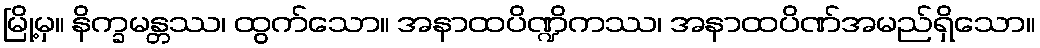
မြို့မှ။ နိက္ခမန္တဿ၊ ထွက်သော။ အနာထပိဏ္ဍိကဿ၊ အနာထပိဏ်အမည်ရှိသော။